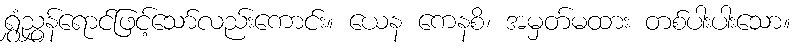
ရွှံညွှန်ရောင်ဖြင့်သော်လည်းကောင်း။ ယေန ကေနစိ၊ အမှတ်မထား တစ်ပါးပါးသော။